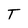
Character: T